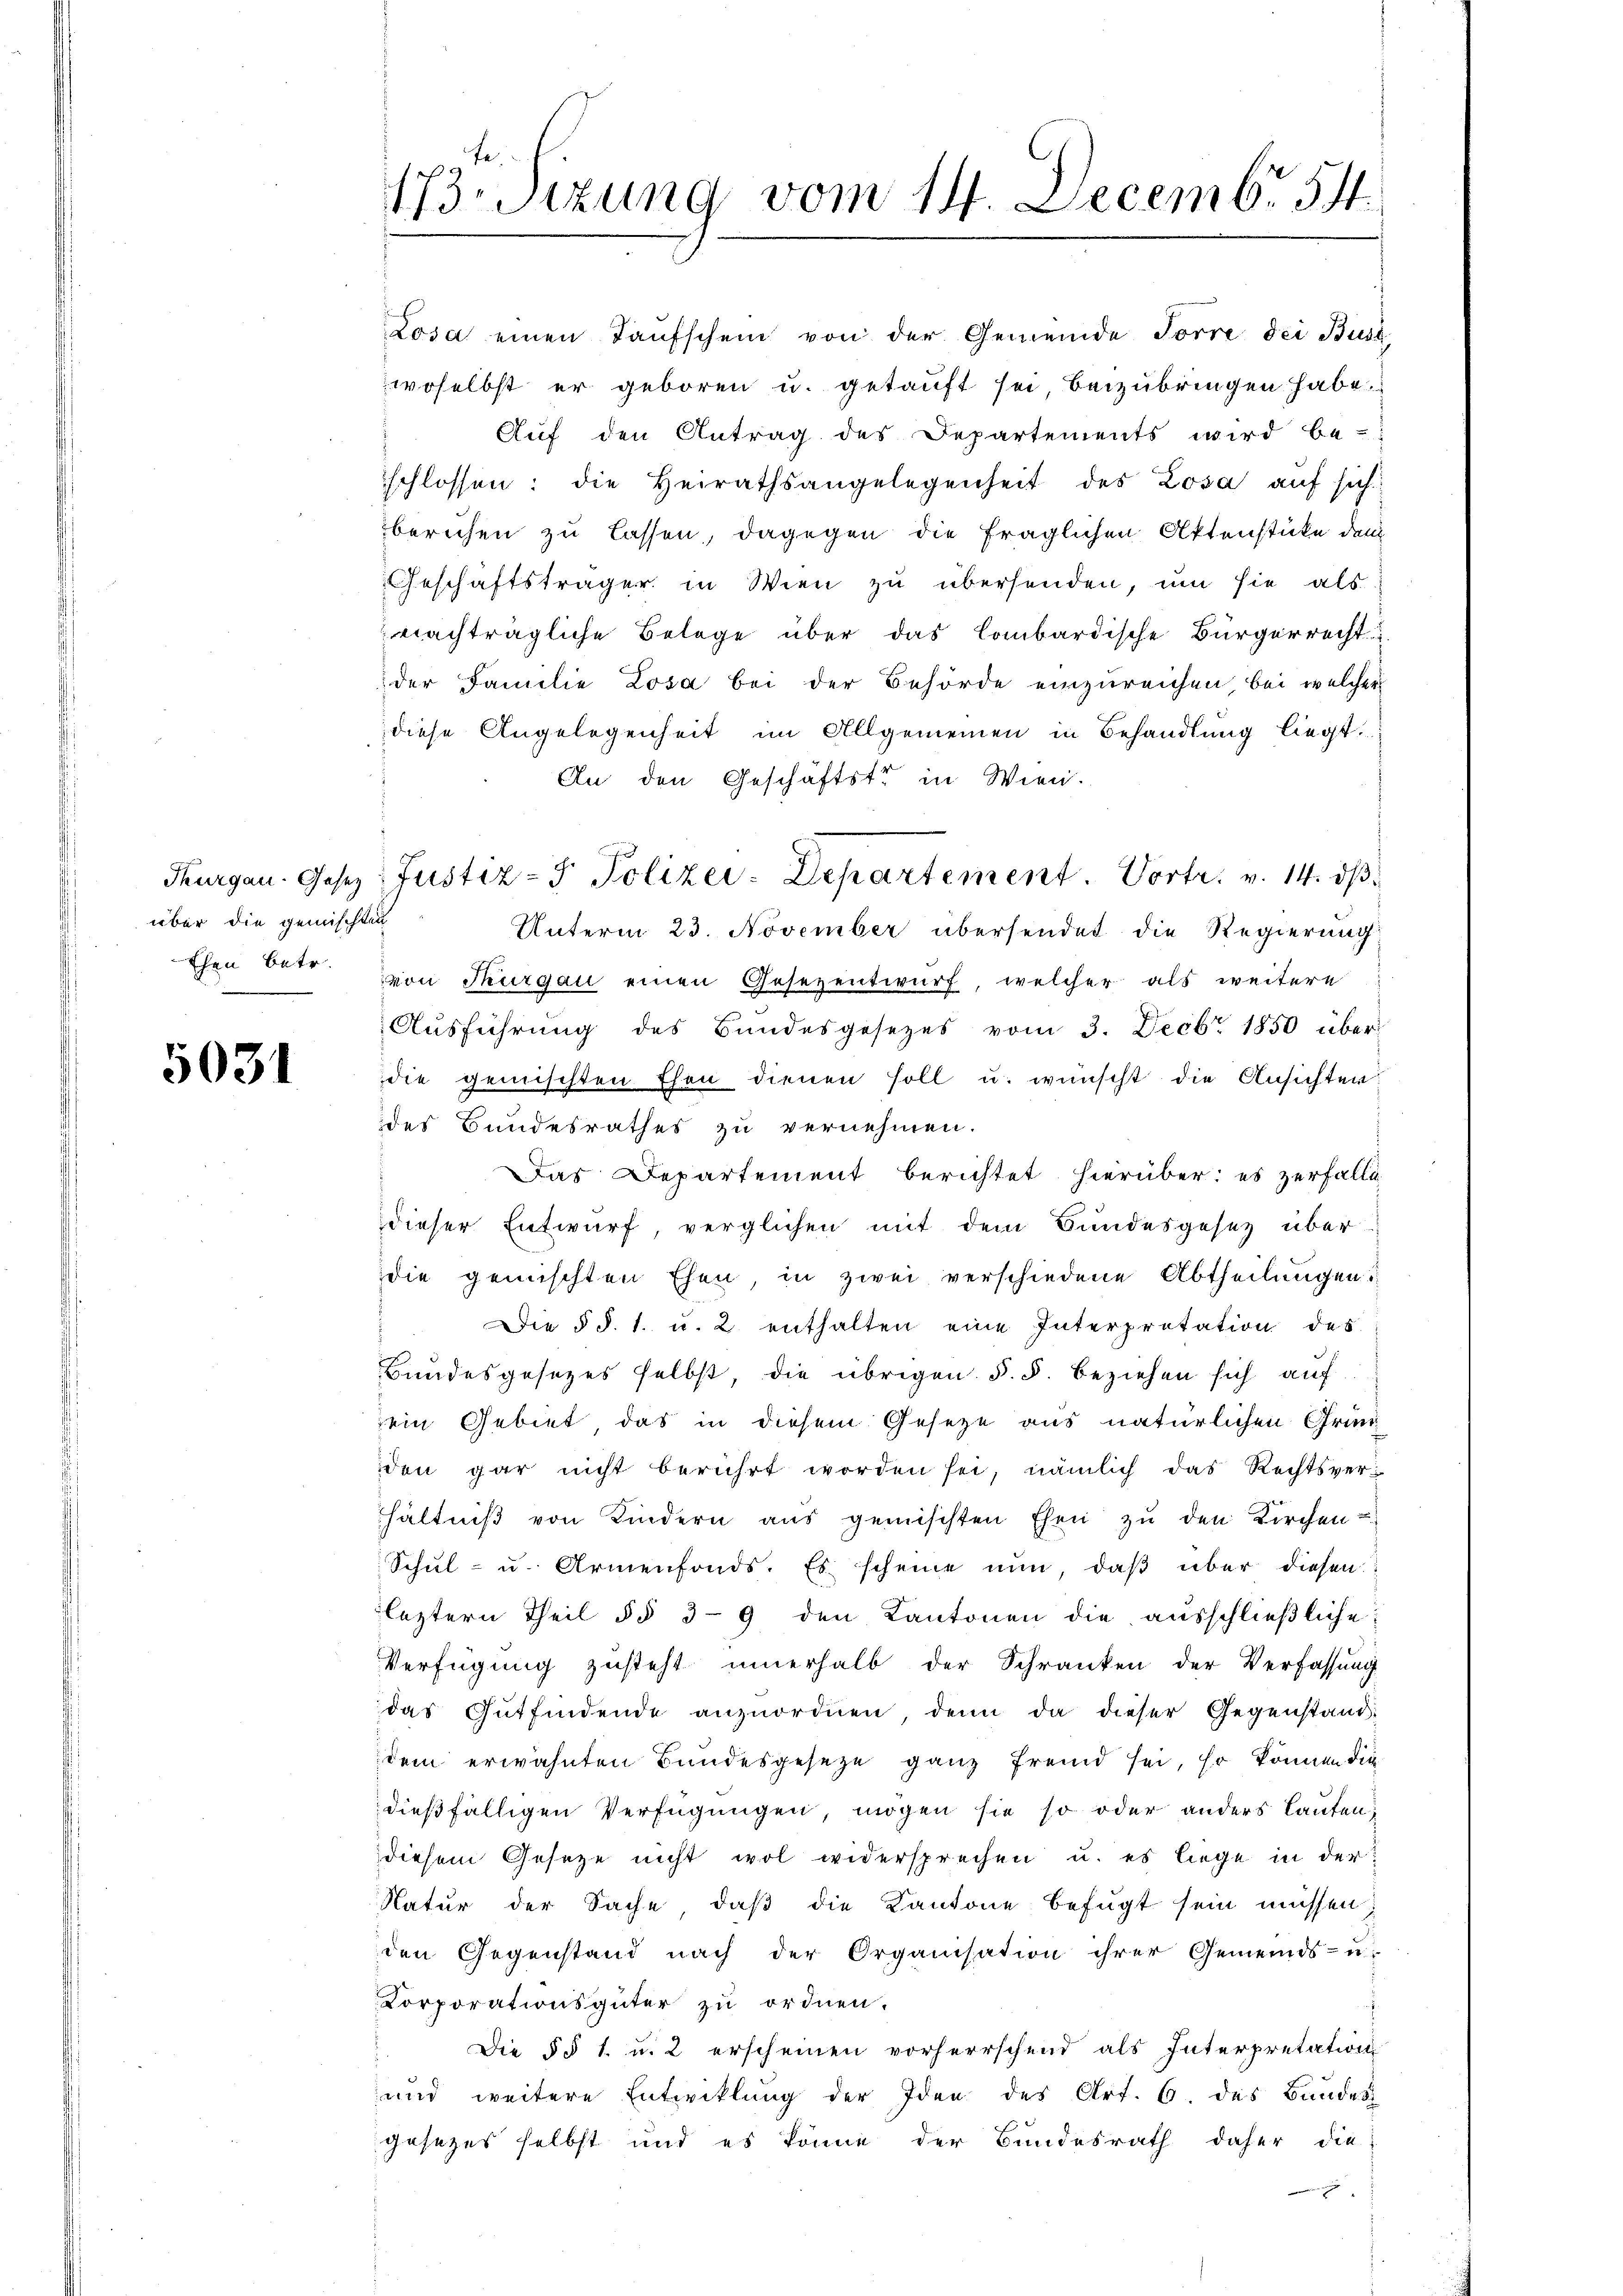
über die gemischten
Ehen betr.

5031

173. Sizung vom 14. Decemb. 54

Losa einen Taufschein von der Gemeinde Forre dei Buss
woselbst er geboren u. getauft sei, beizubringen habe
Auf den Antrag des Departements wird be-
schlossen: die Heirathsangelegenheit des Losa auf sich
beruhen zu lassen, dagegen die fraglichen Aktenstücke dem
Geschäftsträger in Wien zŭ übersenden, ŭm sie als
nachträgliche Belage über das Combardische Bürgerrecht
der Familie Losa bei der Behörde einzureichen, bei welcher
diese Angelegenheit im Allgemeinen in Behandlung liegt.
An den Geschäftste in Wien.
Unterm 23. November übersendet die Regierung
von Thurgau einen Gesezentwurf, welcher als weitere
Ausführung des Bundesgesezes vom 3. Decbr. 1850 über
die gemischten Ehen dienen soll u. wünscht die Ansichter
des Bundesrathes zu vernehmen.
Das Departement berichtet hierüber: es zerfalle
dieser Entwurf, verglichen mit dem Bundesgesetz über
die gemischten Ehen in zwei verschiedene Abtheilungen:
" Die § §. 1. u. 2. enthalten eine Interpretation des
Bandesgesezes selbst die übrigen §. §. beziehen sich auf
ein Gebiet, das in diesem Gesetze aus natürlichen Gründen gar nicht berührt worden sei, nämlich das Rechtsverhältniβ von Kindern aus gemischten Ehen zu den Kirchen u
Schul- u. Armenfonds. Es scheine nun, daß über diesen
leztern Theil § § 39 den Kantonen die aŭsschlieβliche
Verfügung zusteht innerhalb der Schranken der Verfassung
das Gutfindende anzŭordnen, denn da dieser Gegenstand-
dem erwähnten Bundesgesetze ganz fremd sei, so können die
dießfälligen Verfügungen, mögen sie so oder anders lauten,
diesem Gesetze nicht wol widersprechen u. es liege in der
Natur der Sache, daß die Kantone befugt sein müssen
den Gegenstand nach der Organisation ihrer Gemeinds-u-
Corporationsgüter zu ordnen.
 Die § § 1. u. 2 erscheinen vorherrschend als Interpretation
und weitere Entwicklung der Idee des Art. 6. des Bundes
gesezes selbst und es könne der Bundesrath daher die
m

Thurgau. Gesez: Justiz- & Polizei-Departement. Vortr. v. 14. dβ